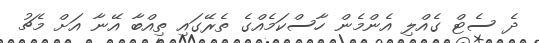
ދެ ސެޓް ގެއްލި އެންމެން ހާސްކަމެއްގެ ތެރޭގައި ތިއްބާ އޭނާ އަށް މެޗު